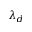
\lambda _ { d }